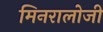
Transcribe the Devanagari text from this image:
मिनरालोजी